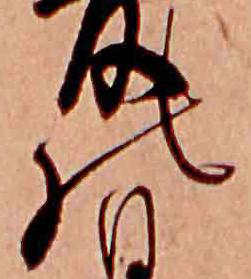
の